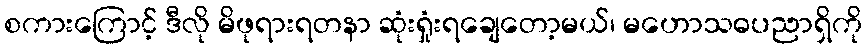
စကားကြောင့် ဒီလို မိဖုရားရတနာ ဆုံးရှုံးရချေတော့မယ်၊ မဟောသဓပညာရှိကို